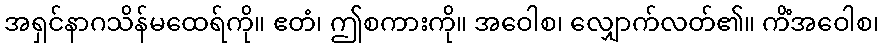
အရှင်နာဂသိန်မထေရ်ကို။ ဧတံ၊ ဤစကားကို။ အဝေါစ၊ လျှောက်လတ်၏။ ကိံအဝေါစ၊